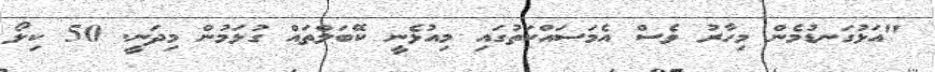
"އަޅުގަނޑުމެން މިހާރު ވެސް އެމަސައްކަތުގައި މިއުޅެނީ ކޭބަލްތައް ގުޅަމުން މިދަނީ. 50 ކިލޯ